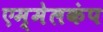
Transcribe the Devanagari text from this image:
एम्मेलकंप